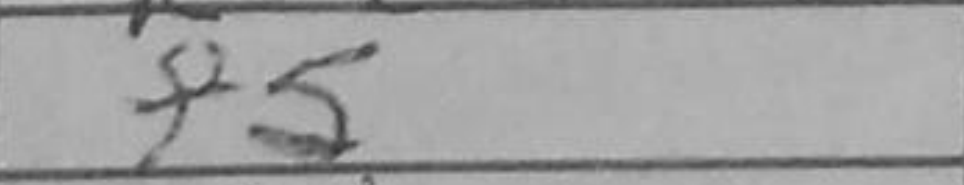
Transcription: f5